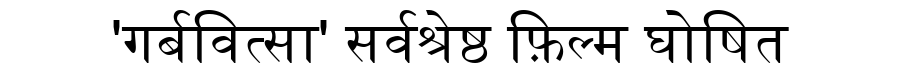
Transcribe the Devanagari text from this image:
'गर्बवित्सा' सर्वश्रेष्ठ फ़िल्म घोषित